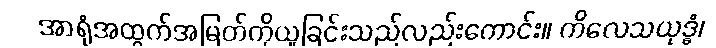
အာရုံအထွက်အမြတ်ကိုယူခြင်းသည်လည်းကောင်း။ ကိလေသယုဒ္ဓံ၊